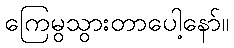
ကြေမွသွားတာပေါ့နော်။